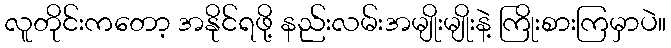
လူတိုင်းကတော့ အနိုင်ရဖို့ နည်းလမ်းအမျိုးမျိုးနဲ့ ကြိုးစားကြမှာပဲ။